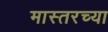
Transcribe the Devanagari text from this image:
मास्तरच्या